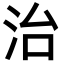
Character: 治